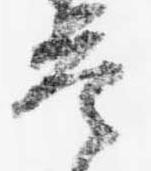
答